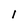
Character: I